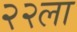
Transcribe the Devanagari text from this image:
२२ला